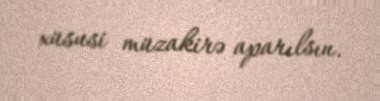
xüsusi müzakirə aparılsın.